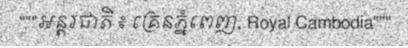
"""អន្តរជាតិ ៖ គ្រេនភ្នំពេញ, Royal Cambodia"""